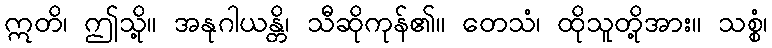
ဣတိ၊ ဤသို့။ အနုဂါယန္တိ၊ သီဆိုကုန်၏။ တေသံ၊ ထိုသူတို့အား။ သစ္စံ၊